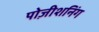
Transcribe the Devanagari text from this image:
पोज़ीशनिंग